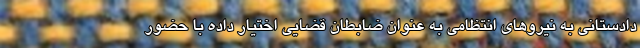
دادستانی به نیروهای انتظامی به عنوان ضابطان قضایی اختیار داده با حضور